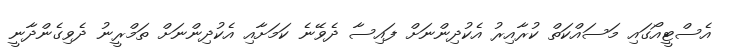
އެސްޓީއޯގައި މަސައްކަތް ކުރާއިރު އެކުދިންނަށް ފައިސާ ދެވޭނެ ކަމަށާއި އެކުދިންނަށް ތަމްރީނު ދެވިގެންދާނީ